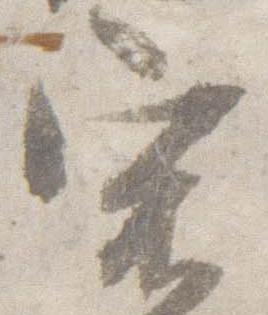
宿